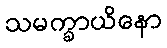
သမက္ခာယိနော